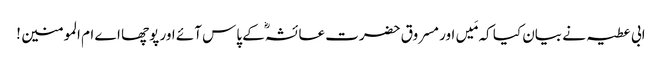
ابی عطیہ نے بیان کیا کہ مَیں اور مسروق حضرت عائشہؓ کے پاس آئے اور پوچھا اے ام المومنین !